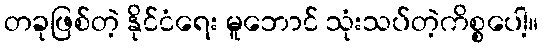
တခုဖြစ်တဲ့ နိုင်ငံရေး မူဘောင် သုံးသပ်တဲ့ကိစ္စပေါ့။